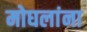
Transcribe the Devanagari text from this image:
मोघलांना